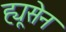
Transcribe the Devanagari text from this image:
ह्यूसेन